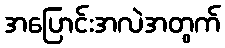
အပြောင်းအလဲအတွက်